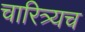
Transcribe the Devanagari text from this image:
चारित्र्यच